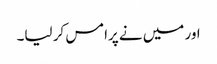
اور میں نے پرامس کر لیا۔